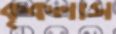
কৃকলাস